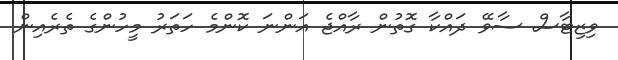
ވިޒިޓާސް ސާވޭ ދައްކާ ގޮތުން ރާއްޖެ އަންނަ ކޮންމެ ހަތަރު މީހުންގެ ތެރެއިން